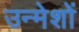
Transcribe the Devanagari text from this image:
उन्मेशों